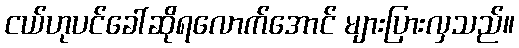
ငယ်ဟုပင်ခေါ်ဆိုရလောက်အောင် များပြားလှသည်။